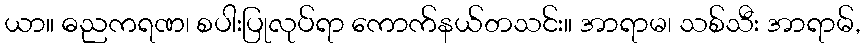
ယာ။ ဓညကရဏ၊ စပါးပြုလုပ်ရာ ကောက်နယ်တသင်း။ အာရာမ၊ သစ်သီး အာရာမ်,